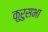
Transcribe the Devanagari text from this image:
कुरुसभा